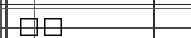
٦٦